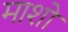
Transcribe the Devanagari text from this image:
माशो